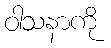
ဝါသနာကို